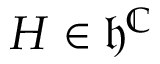
H \in { \mathfrak { h } } ^ { \mathbb { C } }